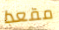
مقعدا